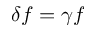
\delta f = \gamma f